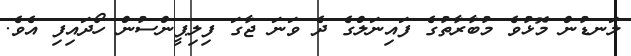
ލަނޑުން މޮޅުވެ މުބާރާތުގެ ފައިނަލްގެ ދެ ވަނަ ޖާގަ ފިލިޕީންސުން ހޯދައިފި އެވެ.